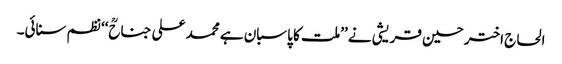
الحاج اختر حسین قریشی نے ’’ملت کا پاسبان ہے محمد علی جناحؒ‘‘ نظم سنائی۔